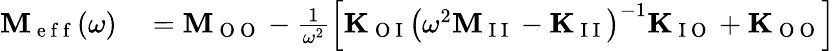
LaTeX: \begin{array}{rl}{\mathbf{M}_{\mathrm{~e~f~f~}}(\omega)}&{{}=\mathbf{M}_{\mathrm{~O~O~}}-\frac{1}{\omega^{2}}\left[\mathbf{K}_{\mathrm{~O~I~}}\left(\omega^{2}\mathbf{M}_{\mathrm{~I~I~}}-\mathbf{K}_{\mathrm{~I~I~}}\right)^{-1}\mathbf{K}_{\mathrm{~I~O~}}+\mathbf{K}_{\mathrm{~O~O~}}\right]}\end{array}